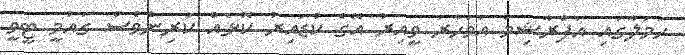
ހަމަލާގައި އަފްރާޝިމް އަވަހާރަ ވީއިރު އޭގެ ކުޑައިރު ކޮޅެއް ކުރިންވެސް ގައުމީ ޓީވީ